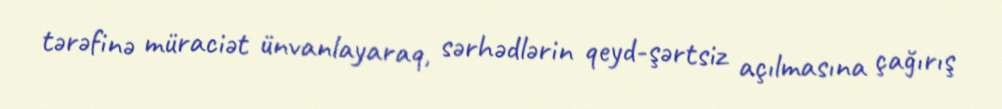
tərəfinə müraciət ünvanlayaraq, sərhədlərin qeyd-şərtsiz açılmasına çağırış